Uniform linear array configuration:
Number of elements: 8
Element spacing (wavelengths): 0.25
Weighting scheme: blackman
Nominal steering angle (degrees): -30
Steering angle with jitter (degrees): -31.72
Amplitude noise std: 0.05
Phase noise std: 0.05

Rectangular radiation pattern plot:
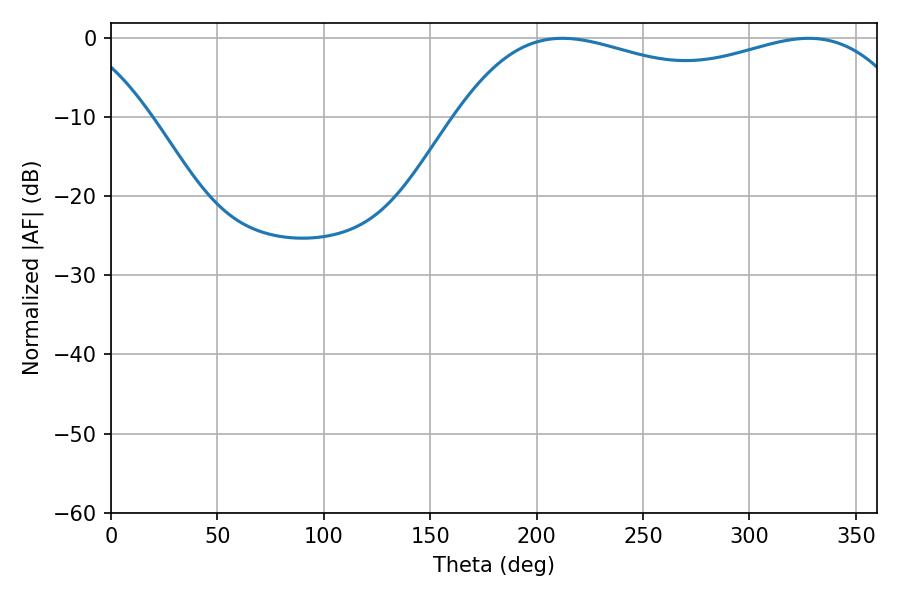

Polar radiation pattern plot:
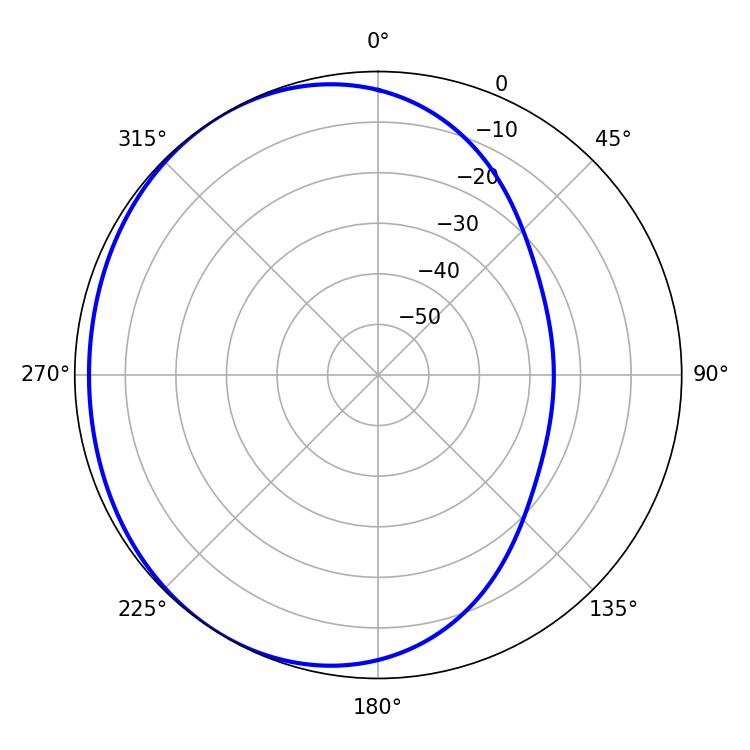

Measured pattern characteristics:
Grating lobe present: FALSE
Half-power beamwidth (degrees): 174.24
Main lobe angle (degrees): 212.04